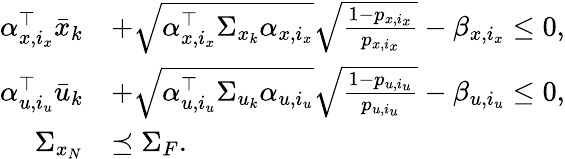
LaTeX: \begin{array}{rl}{\alpha_{x,i_{x}}^{\top}\bar{x}_{k}}&{+\sqrt{\alpha_{x,i_{x}}^{\top}\Sigma_{x_{k}}\alpha_{x,i_{x}}}\sqrt{\frac{1-p_{x,i_{x}}}{p_{x,i_{x}}}}-\beta_{x,i_{x}}\leq 0,}\\ {\alpha_{u,i_{u}}^{\top}\bar{u}_{k}}&{+\sqrt{\alpha_{u,i_{u}}^{\top}\Sigma_{u_{k}}\alpha_{u,i_{u}}}\sqrt{\frac{1-p_{u,i_{u}}}{p_{u,i_{u}}}}-\beta_{u,i_{u}}\leq 0,}\\ {\Sigma_{x_{N}}}&{\preceq\Sigma_{F}.}\end{array}